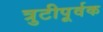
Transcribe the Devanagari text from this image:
त्रुटीपूर्वक